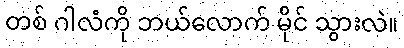
တစ် ဂါလံကို ဘယ်လောက် မိုင် သွားလဲ။